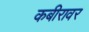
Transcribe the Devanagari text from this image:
कबीरावर